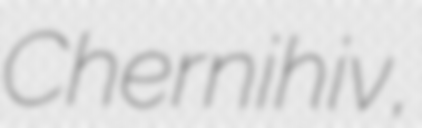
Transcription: Chernihiv,